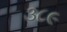
૩૮૯